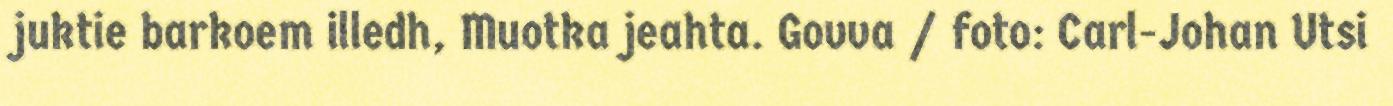
juktie barkoem illedh, Muotka jeahta. Govva / foto: Carl-Johan Utsi